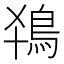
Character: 𬷂